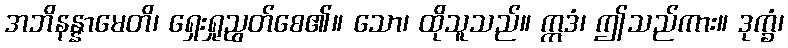
အဘိနန္နာမေတိ၊ ရှေးရှုညွတ်စေ၏။ သော၊ ထိုသူသည်။ ဣဒံ၊ ဤသည်ကား။ ဒုက္ခံ၊